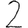
Digit: 2